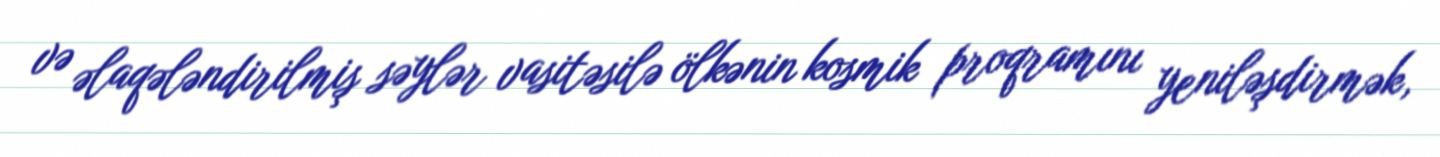
və əlaqələndirilmiş səylər vasitəsilə ölkənin kosmik proqramını yeniləşdirmək,